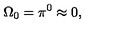
\Omega _ { 0 } = \pi ^ { 0 } \approx 0 ,